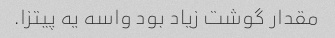
مقدار گوشت زیاد بود واسه یه پیتزا.